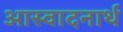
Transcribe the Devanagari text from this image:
आस्वादनार्थ